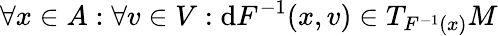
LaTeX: \forall x\in A:\forall v\in V:\mathrm{d}F^{-1}(x,v)\in T_{F^{-1}(x)}M